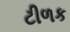
ટીળક